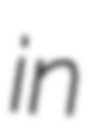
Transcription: in